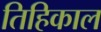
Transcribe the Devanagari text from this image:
तिहिकाल